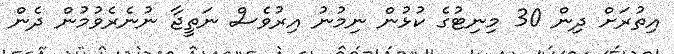
އިތުރަށް ދިން 30 މިނިޓުގެ ކުޅުން ނިމުނު އިރުވެސް ނަތީޖާ ނުނެރެވުމުން ދެން